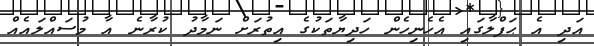
އަދި އެ ޙަފްލާގައި އެހެނިހެން ހަދިޔާތަކުގެ އިތުރަށް ނަމާދު ކުރާނެ އާ މުސައްލައެއް